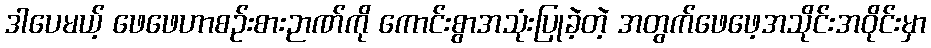
ဒါပေမယ့် ဖေဖေဟာစဉ်းစားဉာဏ်ကို ကောင်းစွာအသုံးပြုခဲ့တဲ့ အတွက်ဖေဖေ့အသိုင်းအဝိုင်းမှာ